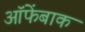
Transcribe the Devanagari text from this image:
ऑफेंबाक